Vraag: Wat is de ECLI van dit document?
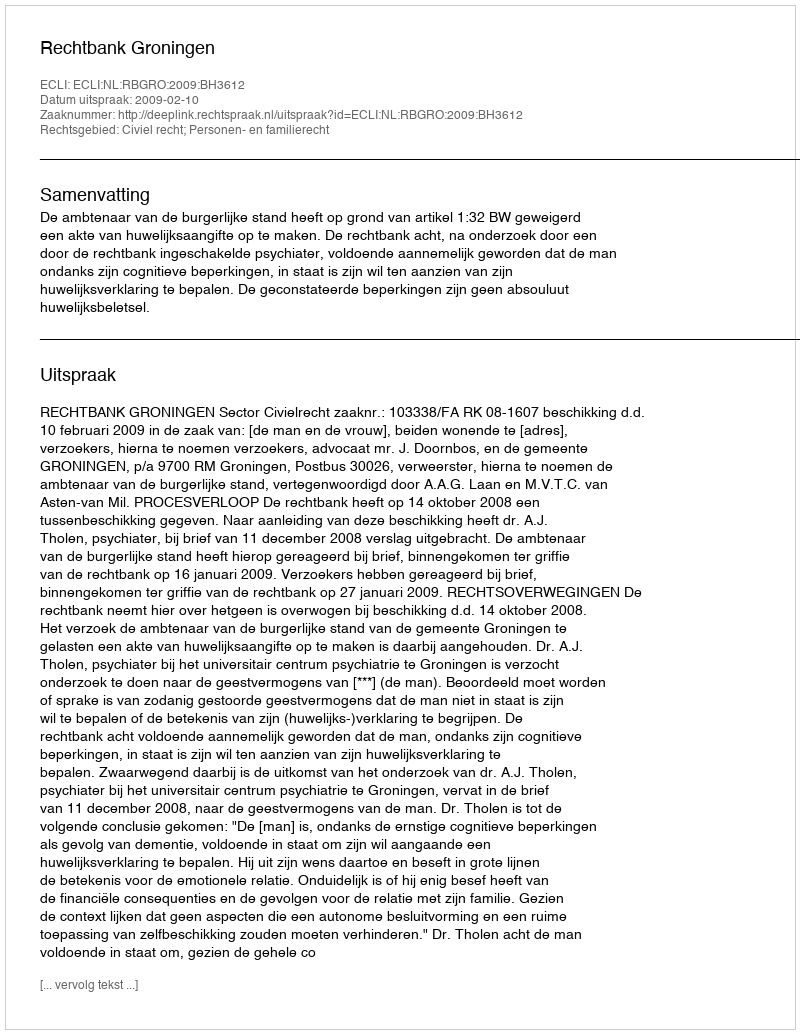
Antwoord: ECLI:NL:RBGRO:2009:BH3612